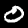
Label: 0